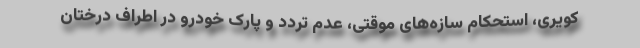
کویری، استحکام سازه‌های موقتی، عدم تردد و پارک خودرو در اطراف درختان